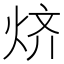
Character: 𱫅